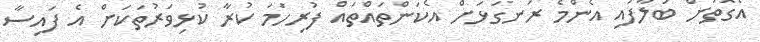
އެގޮތަށް ބަލާފައި އެންމެ ރަނގަޅަށް އެކަންތައްތައް ފުރިހަމަ ކުރާ ކުޅިވަރުތަކަށް އެ ފައިސާ